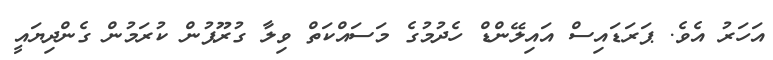
އަހަރު އެވެ. ޕަރަޑައިސް އައިލޭންޑް ހެދުމުގެ މަސައްކަތް ވިލާ ގުރޫޕުން ކުރަމުން ގެންދިޔައީ